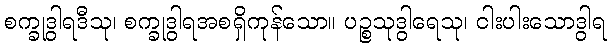
စက္ခုဒွါရဒီသု၊ စက္ခုဒွါရအစရှိကုန်သော။ ပဉ္စသုဒွါရေသု၊ ငါးပါးသောဒွါရ